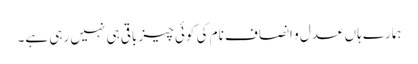
ہمارے ہاں عدل و انصاف نام کی کوئی چیز باقی ہی نہیں رہی ہے۔